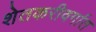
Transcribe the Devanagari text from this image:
शेतकरीवर्गात